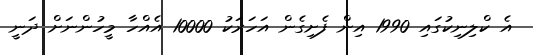
އެ ކްލިނިކުގައި 1990 އިން ފެށިގެން އަހަރަކު 10000 އެއްހާ މީހުންނަށް ދަނީ